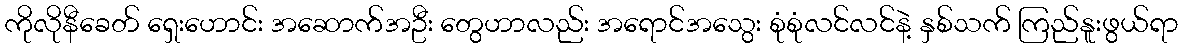
ကိုလိုနီခေတ် ရှေးဟောင်း အဆောက်အဦး တွေဟာလည်း အရောင်အသွေး စုံစုံလင်လင်နဲ့ နှစ်သက် ကြည်နူးဖွယ်ရာ